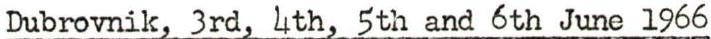
Dubrovnik, 3rd, 4th, 5th and 6th June 1966